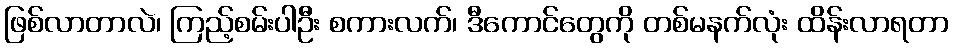
ဖြစ်လာတာလဲ၊ ကြည့်စမ်းပါဦး စကားလက်၊ ဒီကောင်တွေကို တစ်မနက်လုံး ထိန်းလာရတာ